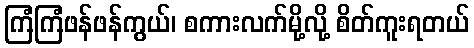
ကြံကြံဖန်ဖန်ကွယ်၊ စကားလက်မို့လို့ စိတ်ကူးရတယ်